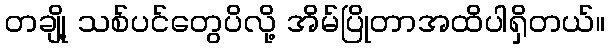
တချို့ သစ်ပင်တွေပိလို့ အိမ်ပြိုတာအထိပါရှိတယ်။